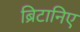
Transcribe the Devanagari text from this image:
ब्रिटानिए